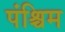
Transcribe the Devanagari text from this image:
पंश्चिम